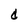
Character: d